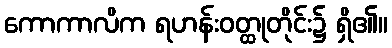
ကောကာလိက ရဟန်းဝတ္ထုတိုင်း၌ ရှိ၏။